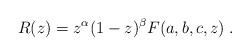
LaTeX: \begin{align*}R(z)=z^{\alpha }(1-z)^{\beta }F(a,b,c,z)\;. \end{align*}